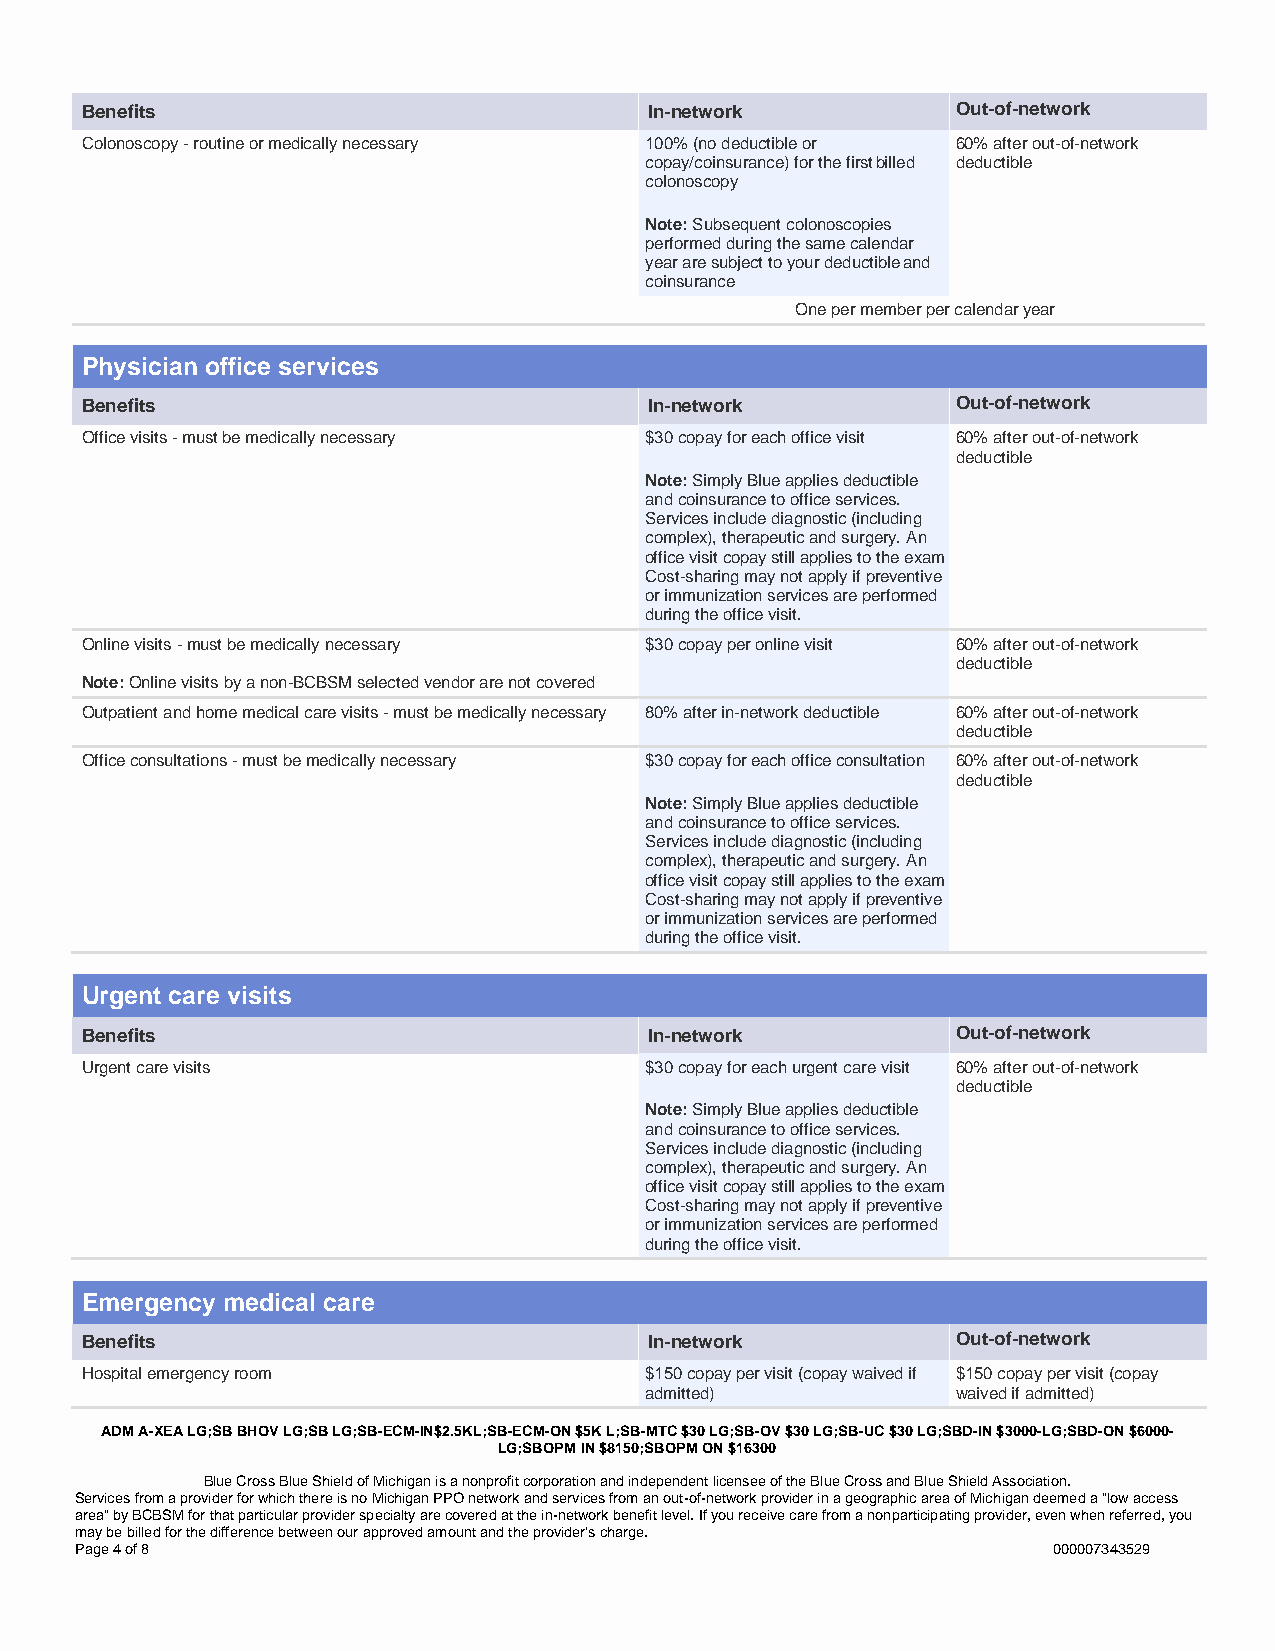
Benefits                              In-network          Out-of-network
 Colonoscopy - routine or medically necessary 100% (no deductible or 60% after out-of-network
 copay/coinsurance) for the first billed deductible
 colonoscopy
 Note: Subsequent colonoscopies
 performed during the same calendar
 year are subject to your deductible and
 coinsurance
 One per member per calendar year
 Physician office services
 Benefits                              In-network          Out-of-network
 Office visits - must be medically necessary $30 copay for each office visit 60% after out-of-network
 deductible
 Note: Simply Blue applies deductible
 and coinsurance to office services.
 Services include diagnostic (including
 complex), therapeutic and surgery. An
 office visit copay still applies to the exam
 Cost-sharing may not apply if preventive
 or immunization services are performed
 during the office visit.
 Online visits - must be medically necessary $30 copay per online visit 60% after out-of-network
 deductible
 Note: Online visits by a non-BCBSM selected vendor are not covered
 Outpatient and home medical care visits - must be medically necessary 80% after in-network deductible 60% after out-of-network
 deductible
 Office consultations - must be medically necessary $30 copay for each office consultation 60% after out-of-network
 deductible
 Note: Simply Blue applies deductible
 and coinsurance to office services.
 Services include diagnostic (including
 complex), therapeutic and surgery. An
 office visit copay still applies to the exam
 Cost-sharing may not apply if preventive
 or immunization services are performed
 during the office visit.
 Urgent care visits
 Benefits                              In-network          Out-of-network
 Urgent care visits                    $30 copay for each urgent care visit 60% after out-of-network
 deductible
 Note: Simply Blue applies deductible
 and coinsurance to office services.
 Services include diagnostic (including
 complex), therapeutic and surgery. An
 office visit copay still applies to the exam
 Cost-sharing may not apply if preventive
 or immunization services are performed
 during the office visit.
 Emergency medical care
 Benefits                              In-network          Out-of-network
 Hospital emergency room               $150 copay per visit (copay waived if $150 copay per visit (copay
 admitted)           waived if admitted)
 ADM A-XEA LG;SB BHOV LG;SB LG;SB-ECM-IN$2.5KL;SB-ECM-ON $5K L;SB-MTC $30 LG;SB-OV $30 LG;SB-UC $30 LG;SBD-IN $3000-LG;SBD-ON $6000-
 LG;SBOPM IN $8150;SBOPM ON $16300
 Blue Cross Blue Shield of Michigan is a nonprofit corporation and independent licensee of the Blue Cross and Blue Shield Association.
 Services from a provider for which there is no Michigan PPO network and services from an out-of-network provider in a geographic area of Michigan deemed a "low access
 area" by BCBSM for that particular provider specialty are covered at the in-network benefit level. If you receive care from a nonparticipating provider, even when referred, you
 may be billed for the difference between our approved amount and the provider's charge.
 Page 4 of 8                                                      000007343529